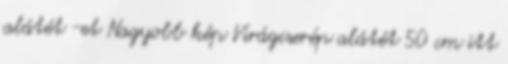
alátét -et Nagyobb kép Virágcserép alátét 50 cm itt